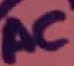
Text: AC